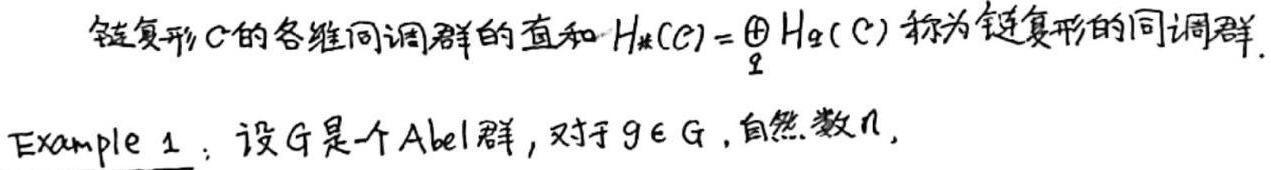
链复形$C$的各维同调群的直和$H_*(C)=\bigoplus_{q} H_q(C)$称为链复形的同调群.

Example 1：设$G$是一个Abel群，对于$g\in G$，自然数$n$，